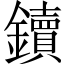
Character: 鑟